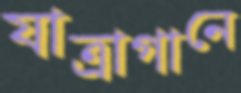
যাত্রাগানে